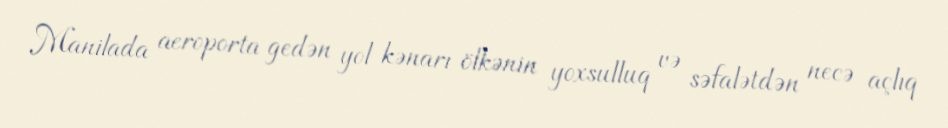
Manilada aeroporta gedən yol kənarı ölkənin yoxsulluq və səfalətdən necə açlıq